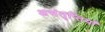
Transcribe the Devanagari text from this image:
असंतृप्तियाँ